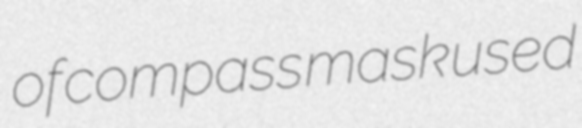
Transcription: of compass mask used